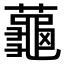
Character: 𬟏